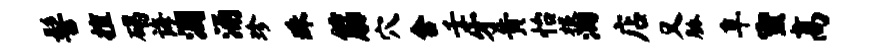
髻擅碣诲溷涌珍珠筋穴舍壬牙黄怡根洄店又胁阜蜜高